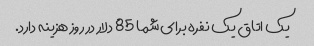
یک اتاق یک نفره برای شما 85 دلار در روز هزینه دارد.